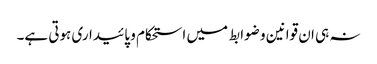
نہ ہی ان قوانین و ضوابط میں استحکام و پائیداری ہوتی ہے۔